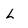
Character: L